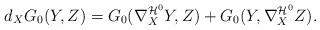
LaTeX: \begin{align*}d_XG_0(Y,Z)=G_0(\nabla^{\mathcal{H}^0}_XY,Z)+G_0(Y,\nabla^{\mathcal{H}^0}_XZ).\end{align*}